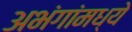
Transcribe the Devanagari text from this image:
अभंगांमध्ये